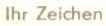
lhr Zeichen